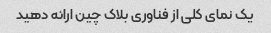
یک نمای کلی از فناوری بلاک چین ارائه دهید